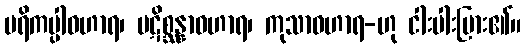
ပရိကပ္ပါဝဟာရ၊ ပဋိစ္ဆန္နာဝဟာရ၊ ကုသာဝဟာရ-ဟု ငါးပါးပြား၏။